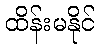
ထိန်းမနိုင်